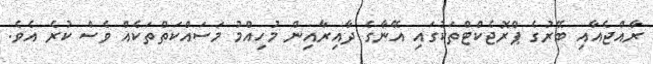
ރާއްޖެއާއި ބޭރުގެ ޕްރޮޖެކްޓްތަކުގައި އޭނާގެ ދާއިރާއިން މުހިއްމު މަސައްކަތްތަކެއް ވެސް ކުރެ އެވެ.